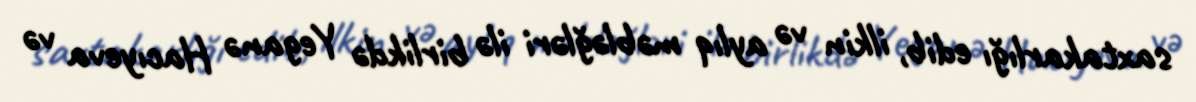
saxtakarlığı edib, ilkin və aylıq məbləğləri ilə birlikdə Yeganə Hacıyeva və